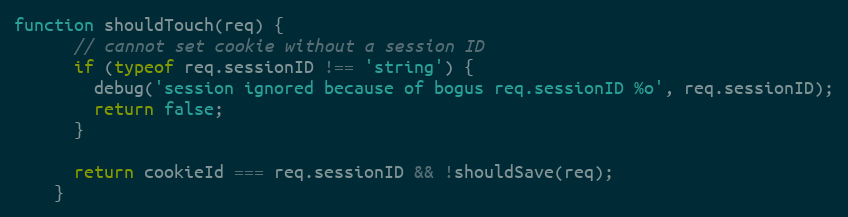
Language: JavaScript
function shouldTouch(req) {
      // cannot set cookie without a session ID
      if (typeof req.sessionID !== 'string') {
        debug('session ignored because of bogus req.sessionID %o', req.sessionID);
        return false;
      }

      return cookieId === req.sessionID && !shouldSave(req);
    }